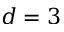
d = 3